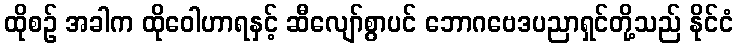
ထိုစဉ် အခါက ထိုဝေါဟာရနှင့် ဆီလျော်စွာပင် ဘောဂဗေဒပညာရှင်တို့သည် နိုင်ငံ